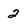
Character: 2